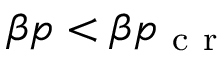
\beta p < \beta p _ { \mathrm { ~ c ~ r ~ } }